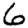
Digit: 6